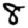
Digit: 8